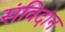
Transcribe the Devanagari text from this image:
संविदान